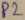
Text: P2